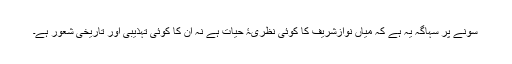
سونے پر سہاگہ یہ ہے کہ میاں نوازشریف کا کوئی نظریۂ حیات ہے نہ ان کا کوئی تہذیبی اور تاریخی شعور ہے۔